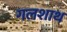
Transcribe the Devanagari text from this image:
गलशाथ